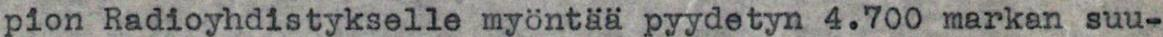
pion Radioyhdistykselle myöntää pyydetyn 4.700 markan suu-